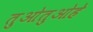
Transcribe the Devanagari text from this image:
तुओतुओहे